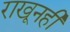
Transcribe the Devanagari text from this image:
राखूनही